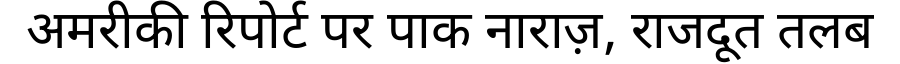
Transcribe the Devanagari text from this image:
अमरीकी रिपोर्ट पर पाक नाराज़, राजदूत तलब